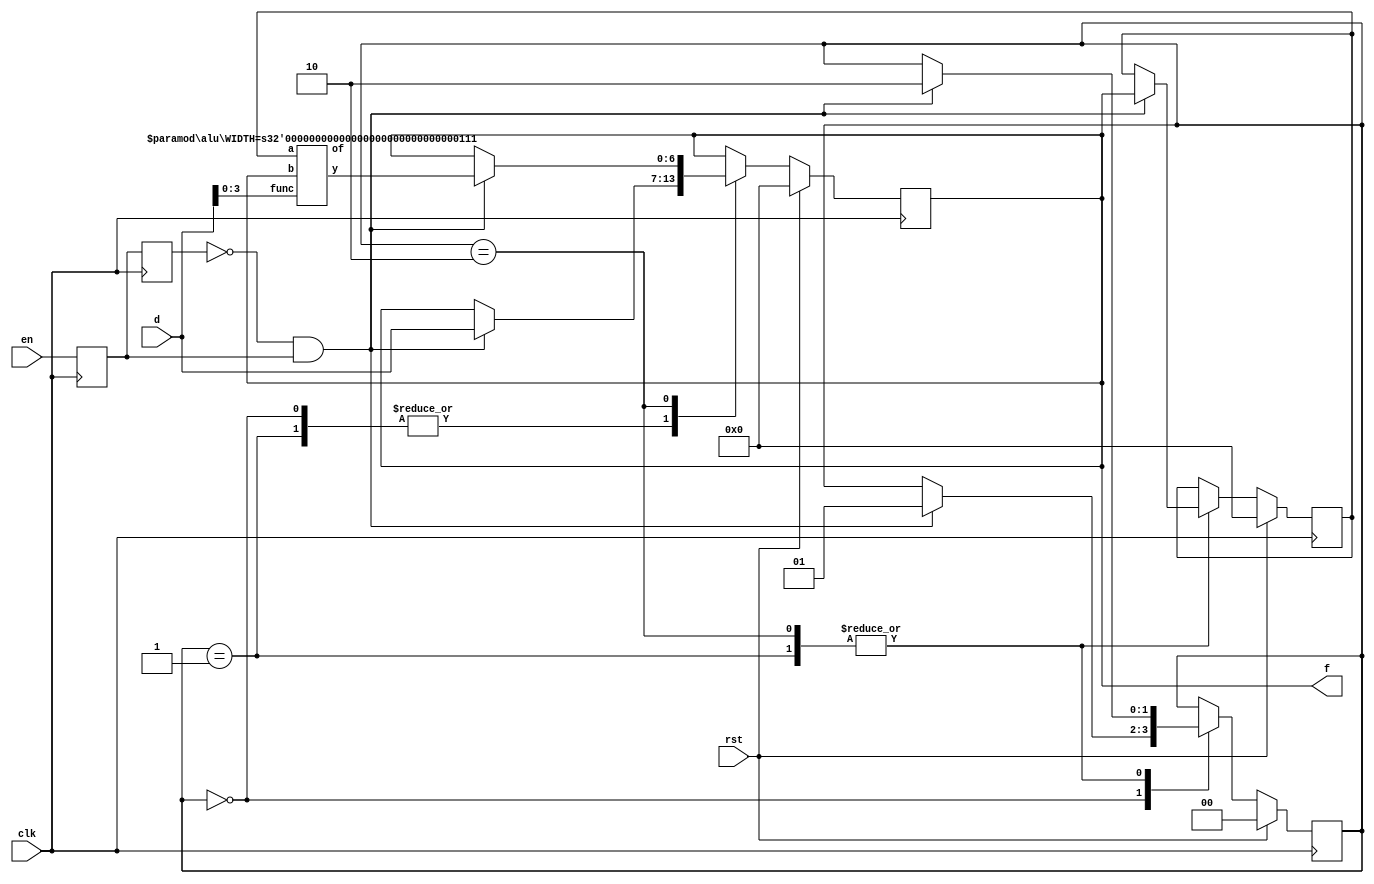
module fls
(
input clk, rst, //
input en, ///
input [6:0] d, //
output [6:0] f //
);
    reg [1:0] c_state=0;
    reg [1:0] n_state=0;
    reg en_1=0;
    reg en_2=0;
    reg [3:0] func=4'b0000;
    reg [6:0] f1;
    reg [6:0] f2;
    wire [6:0] f3;

    always @(posedge clk) begin
        if(rst)begin
            c_state<=2'b00;
        end
        else c_state<=n_state;
    end
    
    always @(posedge clk) begin
        en_1<=en_2;
        en_2<=en;
    end

    always @(*) begin
        n_state=c_state;
        if(!rst)begin
            case(c_state)
                2'b00:begin
                    if(~en_1&en_2)begin
                        n_state=2'b01;
                    end
                end
                2'b01:begin
                    if(~en_1&en_2)begin
                        n_state=2'b10;
                    end
                end
                2'b10:begin
                    if(~en_1&en_2)begin
                        n_state=2'b10;
                    end
                end
            endcase 
        end
    end
    
    always @(posedge clk) begin
        f1<=f1;
        f2<=f2;
        if(rst)begin
            f1<=0;
            f2<=0;
        end
        else begin
            case(c_state)
                2'b00:begin
                    if(~en_1&en_2)begin
                        f2<=d;
                    end
                end
                2'b01:begin
                    if(~en_1&en_2)begin
                        f1<=f2;
                        f2<=d;
                    end
                end
                2'b10:begin
                    if(~en_1&en_2)begin
                        f1<=f2;
                        f2<=f3;
                    end
                end
            endcase 
        end
    end
    
    always@(*) func=d[3:0];

    assign f=f2;

    alu #(.WIDTH(7)) alu_2  (
        .a(f1),
        .b(f2),
        .func(func),
        .y(f3),
        .of()
    );

endmodule

module alu_test
(
input clk,
input en,
input [1:0]sel,
input [5:0] x,
output [5:0] y,
output of
);
    reg ena, enb,enf;
    reg [5:0] areg;
    reg [5:0] breg;
    reg [3:0] freg;
    always @(*) begin
        ena=0;
        enb=0;
        enf=0;
        if(en)begin
            case(sel)
                2'b00:ena=1;
                2'b01:enb=1;
                2'b10:enf=1;
                default:begin
                    ena=0;
                    enb=0;
                    enf=0;
                end
            endcase
        end
        else begin
            ena=0;
            enb=0;
            enf=0;
        end
    end

    always @(posedge clk) begin
        if(ena)
            areg<=x;
        else if(enb)
            breg<=x;
        else if(enf)
            freg<=x[3:0];
        else begin
            areg<=areg;
            breg<=breg;
            freg<=freg;
        end
    end

    alu alu_1 (
        .a(areg),
        .b(breg),
        .func(freg),
        .y(y),
        .of(of)
    );

endmodule

module alu #(parameter WIDTH = 6) //
(
input [WIDTH-1:0] a, b, //a
input [3:0] func, //
output [WIDTH-1:0] y, // 
output of //of1
);
    reg [WIDTH-1:0] yreg;
    reg ofreg;
    always @(*) begin
        yreg=0;
        ofreg=0;
        case (func)
            4'b0000:begin
                yreg=a+b;
                if((a[WIDTH-1]&b[WIDTH-1]&~yreg[WIDTH-1])|(~a[WIDTH-1]&~b[WIDTH-1]&yreg[WIDTH-1]))
                    ofreg=1;
            end
            4'b0001:begin
                yreg=a+~b+1;
                if((a[WIDTH-1]&~b[WIDTH-1]&~yreg[WIDTH-1])|(~a[WIDTH-1]&b[WIDTH-1]&yreg[WIDTH-1]))
                    ofreg=1;
            end
            4'b0010:begin
                if(a==b)
                    yreg=1;
            end
            4'b0011:begin
                if(a<b)
                    yreg=1;
            end
            4'b0100:begin
                if($signed(a)<$signed(b))
                    yreg=1;
            end
            4'b0101:begin
                yreg=a&b;
            end
            4'b0110:begin
                yreg=a|b;
            end
            4'b0111:begin
                yreg=a^b;
            end
            4'b1000:begin
                yreg=a>>b;
            end
            4'b1001:begin
                yreg=a<<b;
            end
            default:begin
                yreg=0;
                ofreg=0;
            end
        endcase
    end
    assign y=yreg;
    assign of=ofreg;
endmodule